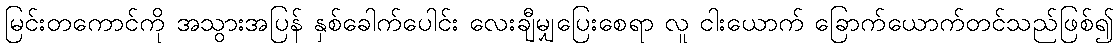
မြင်းတကောင်ကို အသွားအပြန် နှစ်ခေါက်ပေါင်း လေးချီမျှပြေးစေရာ လူ ငါးယောက် ခြောက်ယောက်တင်သည်ဖြစ်၍